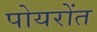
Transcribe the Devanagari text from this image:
पोयरोंत